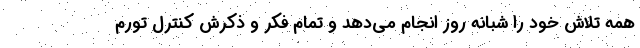
همه تلاش خود را شبانه روز انجام می‌دهد و تمام فکر و ذکرش کنترل تورم